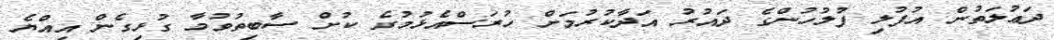
ދަޢުލަތުން އުފުލި ފުލުހުންގެ ދައުރު އަދާކުރުމަށް ހުރަސްއެޅުމުގެ ކުށް ސާބިތުވުމާ ގުޅިގެން އިއްޔެ